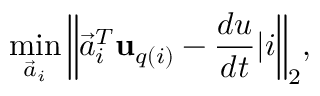
\operatorname* { m i n } _ { \Vec { a } _ { i } } { \left\| \Vec { a } _ { i } ^ { T } \mathbf { u } _ { q ( i ) } - \frac { d u } { d t } | i \right\| _ { 2 } } ,